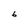
Character: 6